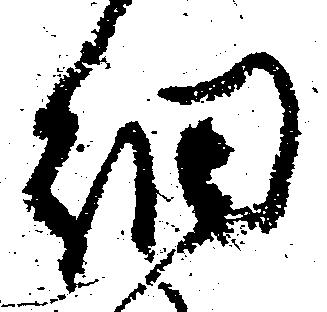
細